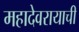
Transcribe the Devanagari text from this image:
महादेवरायाची